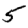
Digit: 5